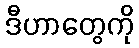
ဒီဟာတွေကို